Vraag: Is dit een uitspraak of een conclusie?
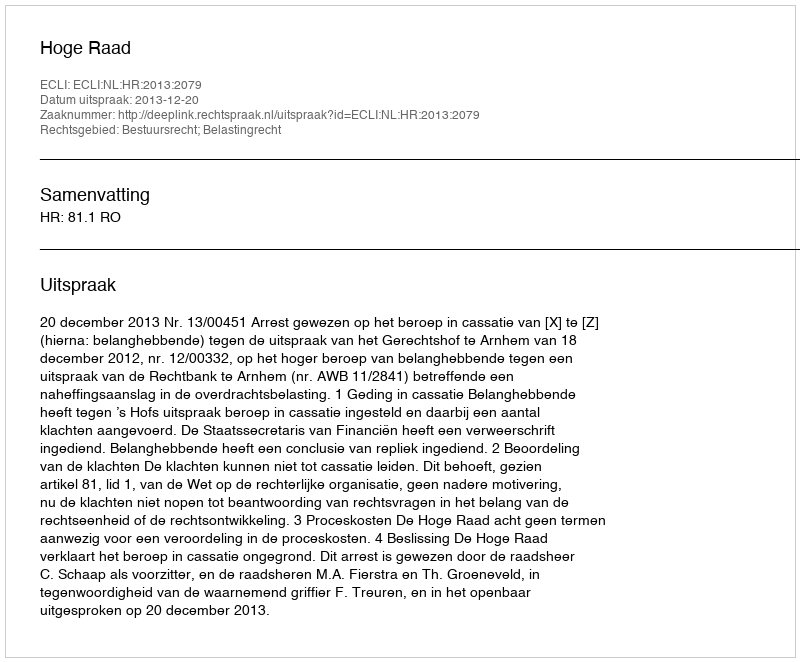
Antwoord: Uitspraak